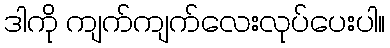
ဒါကို ကျက်ကျက်လေးလုပ်ပေးပါ။